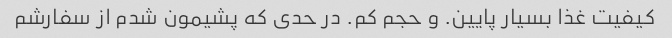
کیفیت غذا بسیار پایین. و حجم کم. در حدی که پشیمون شدم از سفارشم